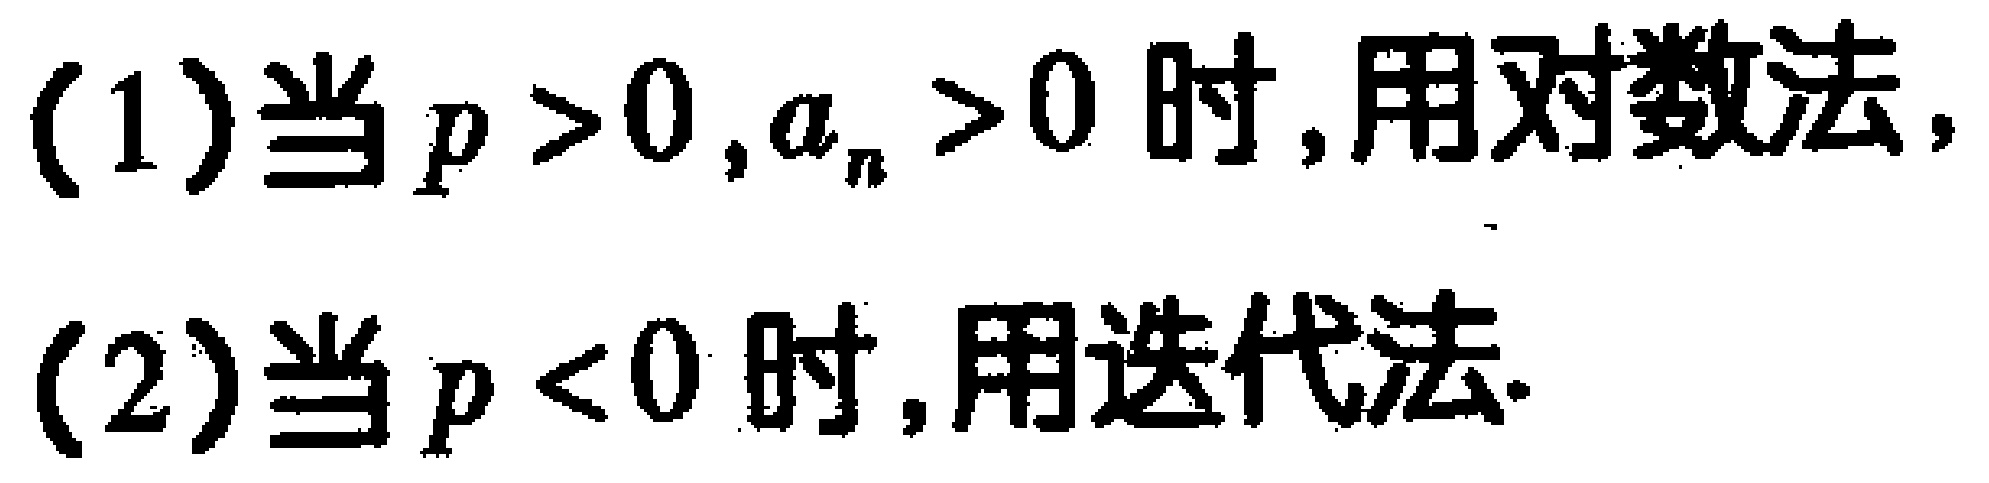
(1)当 \(p > 0,a_{n}>0\) 时,用对数法,

(2)当 \(p < 0\) 时,用迭代法.